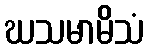
ဃသမာမိသံ